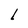
Character: l